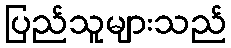
ပြည်သူများသည်